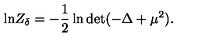
\mathrm { l n } Z _ { \delta } = - { \frac { 1 } { 2 } } \ln \mathrm { d e t } ( - \Delta + \mu ^ { 2 } ) .